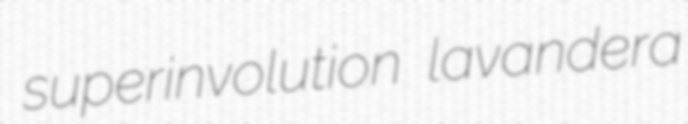
superinvolution lavandera